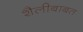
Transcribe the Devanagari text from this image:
शैलीबाबत